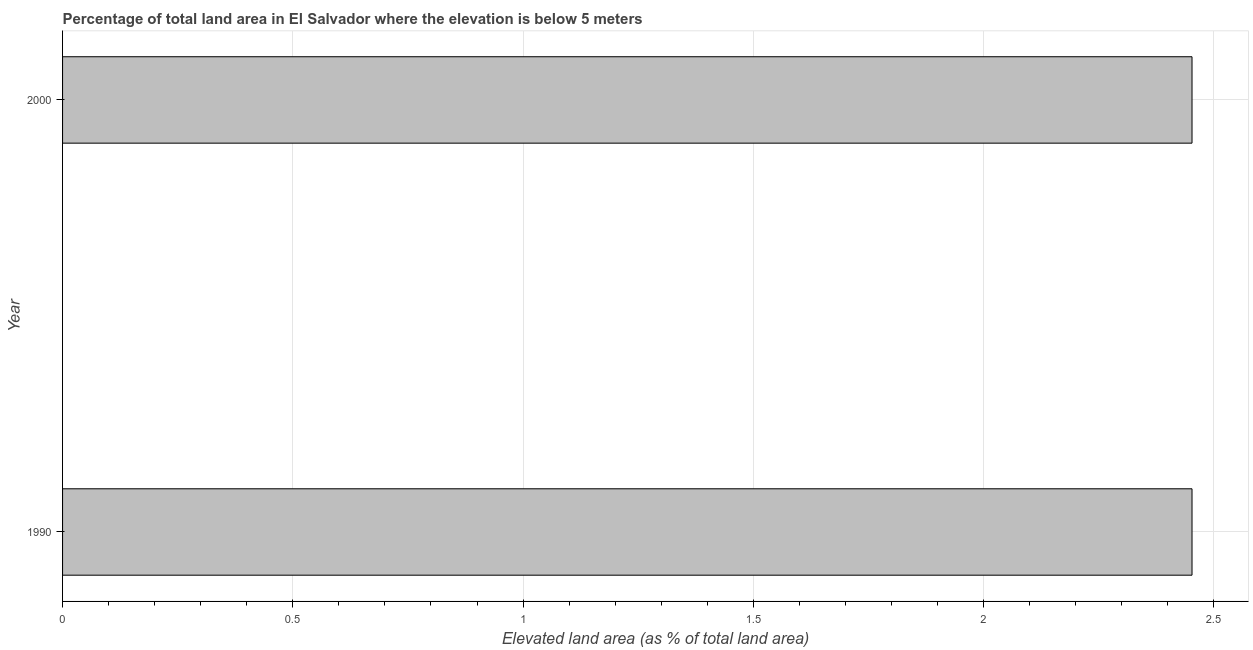
| Year | Land area |
 | --- | --- |
 | 1990 | 2.45 |
 | 2000 | 2.45 |